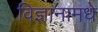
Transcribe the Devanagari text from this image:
विज्ञानामधे